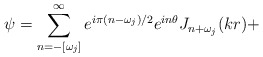
\begin{align*}\psi=\sum^\infty_{n=-[\omega_j]} e^{i\pi(n-\omega_j)/2} e^{in\theta}J_{n+\omega_j}(kr)+\end{align*}